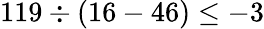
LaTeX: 119\div(16-46)\leq-3